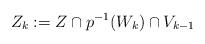
LaTeX: \begin{align*} Z_k := Z \cap p^{-1}(W_k) \cap V_{k-1} \end{align*}